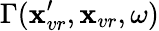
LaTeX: \Gamma(\textbf{x}_{vr}^{\prime},\textbf{x}_{vr},\omega)